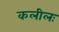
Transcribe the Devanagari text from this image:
कलीलः